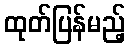
ထုတ်ပြန်မည့်